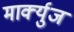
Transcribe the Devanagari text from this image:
मार्क्युज